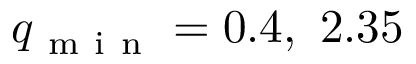
q _ { \mathrm { ~ m ~ i ~ n ~ } } = 0 . 4 , \ 2 . 3 5